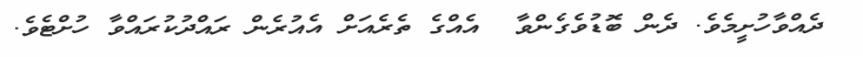
ދެއްވާހުށީމެވެ. ދެން ބޮޑުވެގެންވާ  އެއްގެ ތެރެއަށް އެއުރެން ރައްދުކުރައްވާ ހުށްޓެވެ.